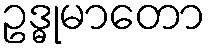
ဥဒ္ဓုမာတော